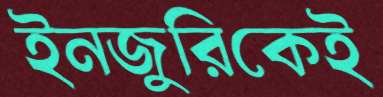
ইনজুরিকেই